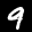
Label: 9